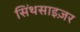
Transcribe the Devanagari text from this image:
सिंथसाइज़र